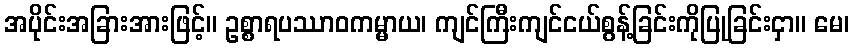
အပိုင်းအခြားအားဖြင့်။ ဥစ္စာရပဿာဝကမ္မာယ၊ ကျင်ကြီးကျင်ငယ်စွန့်ခြင်းကိုပြုခြင်းငှာ။ မေ၊